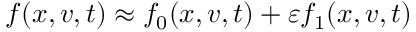
f ( x , v , t ) \approx f _ { 0 } ( x , v , t ) + \varepsilon f _ { 1 } ( x , v , t )